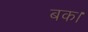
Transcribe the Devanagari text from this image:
बक।